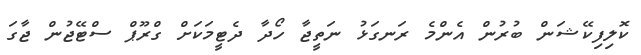
ކޮލިފިކޭޝަން ބުރުން އެންމެ ރަނގަޅު ނަތީޖާ ހޯދާ ދެޓީމަކަށް ގްރޫޕް ސްޓޭޖުން ޖާގަ